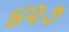
૪૨૭